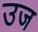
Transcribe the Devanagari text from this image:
उज